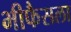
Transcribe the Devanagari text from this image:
भीफैसला